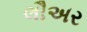
લૌઅર